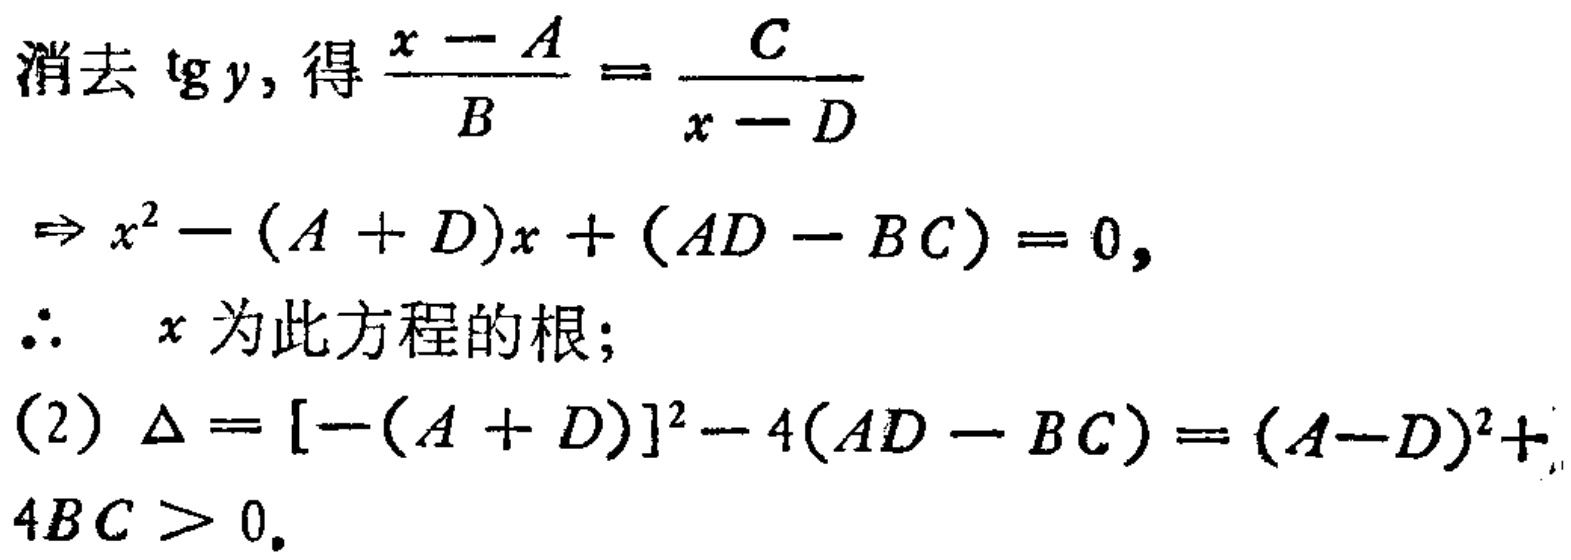
消去\(\mathrm{tg}\,y\)，得\(\frac{x - A}{B} = \frac{C}{x - D}\)
\(\Rightarrow x^{2}-(A + D)x+(AD - BC)=0,\)
\(\therefore\) \(x\)为此方程的根；
(2) \(\Delta = [-(A + D)]^{2}-4(AD - BC)=(A - D)^{2}+4BC>0.\)